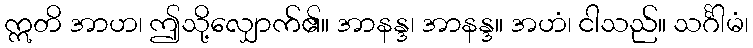
ဣတိ အာဟ၊ ဤသို့လျှောက်၏။ အာနန္ဒ၊ အာနန္ဒ။ အဟံ၊ ငါသည်။ သင်္ဂါမံ၊